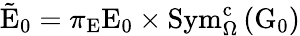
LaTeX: \tilde{\mathrm{E}}_{0}=\pi_{\mathrm{E}}\mathrm{E}_{0}\times\mathrm{Sym}_{\Omega}^{\mathrm{c}}\left(\mathrm{G}_{0}\right)